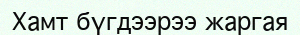
Хамт бүгдээрээ жаргая